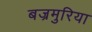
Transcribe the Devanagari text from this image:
बज्रमुरिया